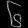
Digit: ၆